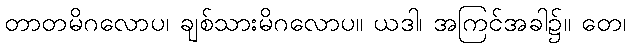
တာတမိဂလောပ၊ ချစ်သားမိဂလောပ။ ယဒါ၊ အကြင်အခါ၌။ တေ၊